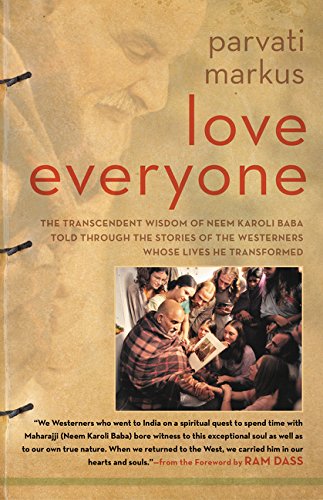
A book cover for Love Everyone: The Transcendent Wisdom of Neem Karoli Baba Told Through the Stories of the Westerners Whose Lives He Transformed; Parvati Markus; Politics & Social Sciences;